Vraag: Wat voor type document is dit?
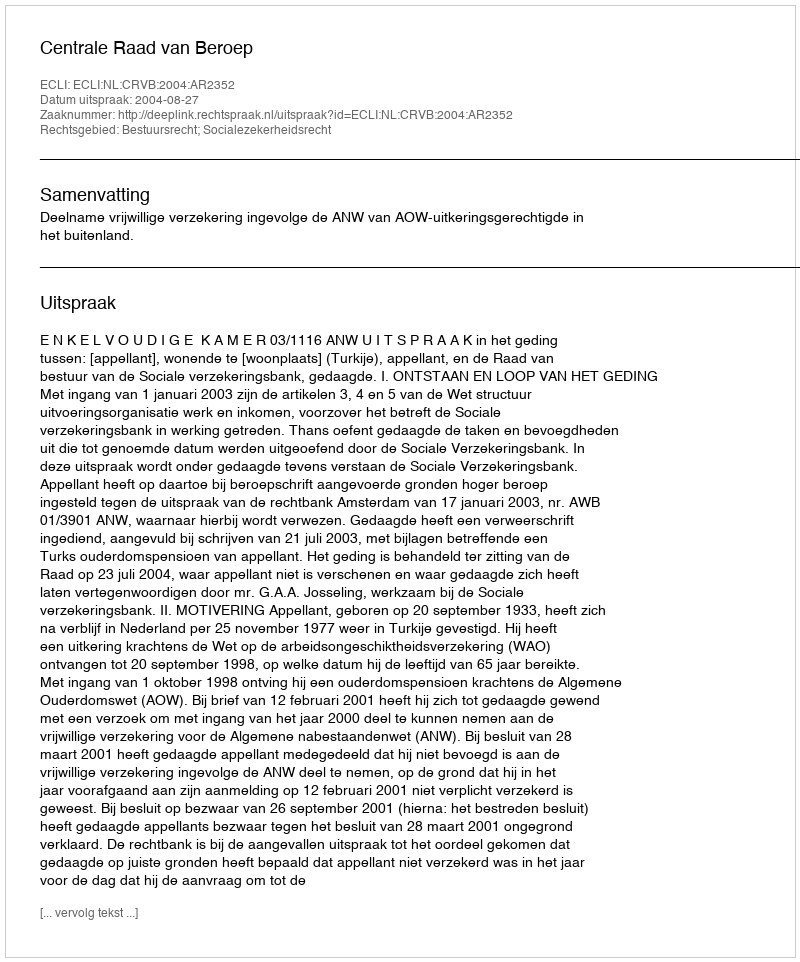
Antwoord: Uitspraak